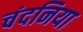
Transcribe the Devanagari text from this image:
चंदनिया